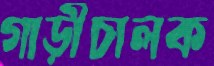
গাড়ীচালক